Annual statistical returns and brief notes on vaccination in Bengal - 1896-1909
Year: 1896
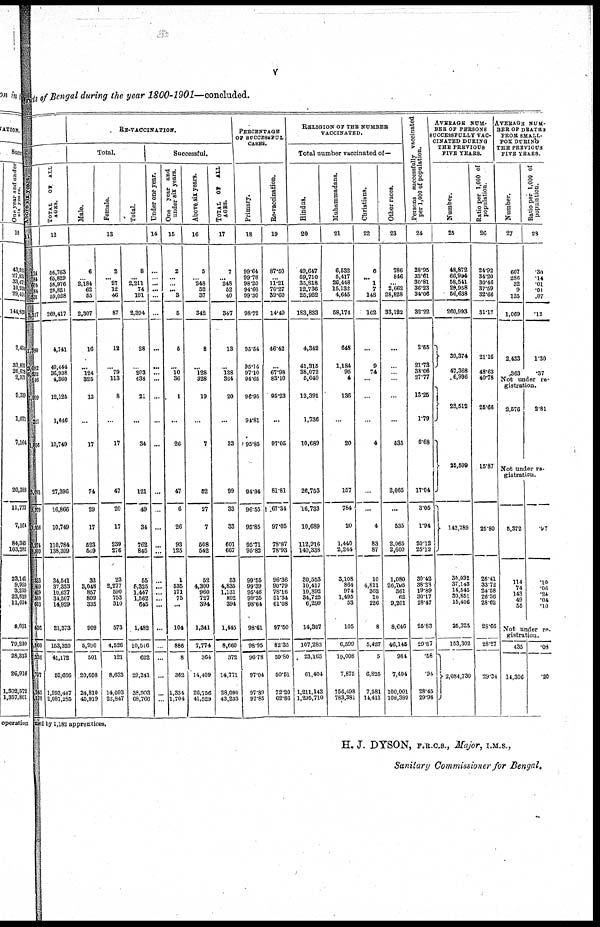
v
District of Bengal during the year 1800-1901—concluded.
above six years.
11
124
184
604
184
531
1,517
1,380
3,082
5,632
146
1,999
321
1,856
3,093
379
1,858
1,274
3,509
333
1,489
429
500
603
536
860
226
707
245
178
T OTAL OF ALL
AGES.
12
56,763
65,829
58,976
28,821
59,028
269,417
4,741
40,444
36,938
4,360
12,125
1,646
10,749
27,396
16,866
10,749
110,784
138,399
34,541
37,333
10,637
34,507
14,929
21,373
153,320
41,172
52,666
1,993,447
2,087,285
RE-VACCINATION.
Total.
Male.
Female.
Total.
13
6
... 2,184
62
55
2,307
16
...
124
325
13
...
17
74
29
17
523
569
32
3,048
857
809
335
909
5,990
501
20,608
24,810
45,919
2
... 27
12
46
87
12
...
79
113
8
...
17
47
20
17
239
276
23
2,277
590
753
310
573
4,526
121
8,633
14,093
22,847
8
...
2,211
74
101
2,394
28
...
203
438
21
...
34
121
49
34
762
845
55
5,325
1,447
1,562
645
1,482
10,516
622
29,241
38,903
68,766
Successful.
Under one year.
14
...
...
... ...
...
...
...
...
...
...
...
...
...
...
...
...
...
...
...
...
...
...
...
...
...
...
...
...
...
One year and
under six years.
15
2
...
...
... 3
5
5
...
10
36
1
...
26
47
6
26
93
125
1
585
171
75
...
104
886
8
362
1,334
1,704
Above six years.
16
5
... 248
52
37
342
8
...
128
328
19
...
7
52
27
7
508
542
52
4,300
960
727
394
1,341
7,774
364
14,409
26,756
41,529
TOTAL OF ALL
AGES.
17
7
... 248
52
40
347
13
...
138
364
20
...
33
99
33
33
601
667
53
4,835
1,131
802
394
1,445
8,660
372
14,771
28,090
43,233
PERCENTAGE
OF SUCCESSFUL
CASES.
Primary.
18
99.64
99.78
98.20
94.60
99.30
98.72
95.64
95.14
97.10
94.65
96.95
94.81
95.85
94.94
96.55
95.85
95.71
95.82
99.55
99.39
95.46
99.35
98.64
98.61
98.95
96.78
97.04
97.89
97.85
Re-vaccination.
19
87.50
... 11.21
70.27
39.60
14.49
46.42
...
67.98
83.10
95.23
...
97.05
81.81
67.34
97.05
78.87
78.93
96.36
90.79
78.16
51.34
61.08
97.50
82.35
59.80
50.51
72.20
62.86
RELIGION OF THE NUMBER
VACCINATED.
Total number vaccinated of—
Hindus.
20
49,647
59,710
35,818
12,736
25,922
183,833
4,342
41,315
38,072
5,040
12,391
1,736
10,689
26,753
16,733
10,689
112,916
140,338
30,553
10,417
10,892
34,725
6,299
14,397
107,288
23,163
61,404
1,211,143
1,295,710
Muhammadans.
21
6,532
5,417
26,448
15,132
4,645
58,174
648
1,184
95
4
136
...
20
157
784
20
1,440
2,244
3,108
864
974
1,495
53
105
6,599
19,008
7,875
756,498
783,381
Christians.
22
6
... 1
7
148
162
...
9
74
...
...
...
4
...
...
4
83
87
10
4,811
362
10
226
8
5,427
5
6,825
7,581
14,411
Other races.
23
786
846
...
2,662
28,828
33,122
...
...
...
...
...
...
635
2,065
...
535
2,065
2,600
1,080
26,705
361
62
9,201
8,646
46,145
981
7,404
100,001
108,389
Persons successfully vaccinated
per 1,000 of population.
24
28.95
33.61
30.81
36.23
34.06
32.22
2.65
21.73
38.06
27.77
13.25
1.79
6.68
17.04
3.05
1.94
20.12
25.12
30.42
38.29
19.89
30.17
28.47
26.83
29.87
.58
.94
28.45
29.98
AVERAGE NUM¬
BER OF PERSONS
SUCCESSFULLY VAC-
CINATED DURING
THE PREVIOUS
FIVE YEARS.
Number.
25
48,872
66,984
58,541
29,958
56,638
260,993
39,374
47,368
6,936
23,512
25,599
142,789
30,032
37,143
14,545
30,851
15,406
25,325
153,302
2,084,730
Ratio per 1,000 of
population.
26
24.92
34.20
30.46
37.59
32.66
31.17
21.16
48.63
40.78
25.66
15.87
25.80
26.41
3372
24.58
2636
28.62
28.66
28.27
29.34
AVERAGE NUM-
BER OF DEATHS
FROM SMALL-
POX DURING
THE PREVIOUS
FIVE YEARS.
Number.
27
607
286
32 9
135
1,069
2,433
363
Ratio per 1,000 of
population.
28
.30
.14
.01
.01
.07
.12
1.30
.37
Not under re-
gistration.
2,576
2.81
Not under re-
gistration.
5,372
114
74
143
49
55
.97
.10
.06
.24
.04
.10
Not under re-
gistration.
435
14,306
.08
.20
med by 1,182 apprentices.
H. J. DYSON, F.R.C.S., Major, I.M.S.,
Sanitary Commissioner for Bengal.